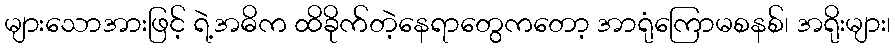
များသောအားဖြင့် ရဲ့အဓိက ထိခိုက်တဲ့နေရာတွေကတော့ အာရုံကြောမစနစ်၊ အရိုးများ၊